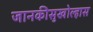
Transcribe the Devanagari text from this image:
जानकीसुखोल्हास